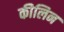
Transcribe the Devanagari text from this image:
कीलिन